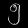
Digit: ၅